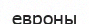
евроны